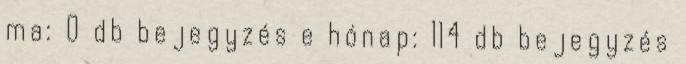
ma: 0 db bejegyzés e hónap: 114 db bejegyzés